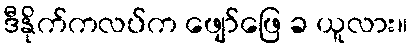
ဒီနိုက်ကလပ်က ဖျော်ဖြေ ခ ယူလား။